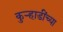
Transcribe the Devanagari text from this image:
कुऱ्हाडींच्या